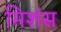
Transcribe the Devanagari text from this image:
मिशंस